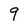
Character: 9